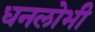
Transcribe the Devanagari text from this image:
धनलोभी